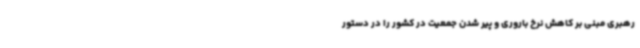
رهبری مبنی بر کاهش نرخ باروری و پیر شدن جمعیت در کشور را در دستور